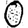
Digit: 0